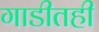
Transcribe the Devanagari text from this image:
गाडीतही